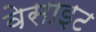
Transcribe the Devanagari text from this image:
वेसाइट